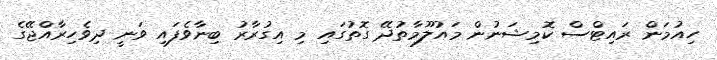
ހިއުމަން ރައިޓްސް ކޮމިޝަނުން މައުލޫމާތުދޭ ގޮތުގައި މި އިގުރާރު ބިނާވެފައި ވަނީ ދިވެހިރާއްޖޭގެ